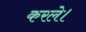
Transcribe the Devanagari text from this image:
करले।